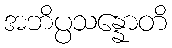
အဘိပ္ပသန္နောတိ